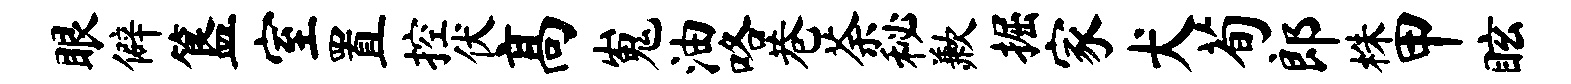
眼僻簋室置控伏高嵬油咯巷荼秘歉掘家犬荀郎株甲眩